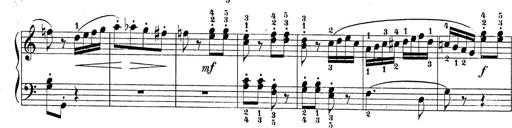
Title: Sonatina Album
Composer: Louis KÃ¶hler